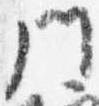
門